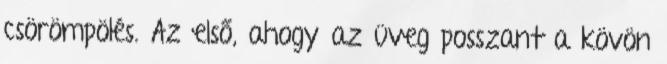
csörömpölés. Az első, ahogy az üveg posszant a kövön